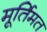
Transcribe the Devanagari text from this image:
मूर्तिमत